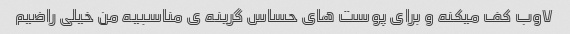
۷وب کف میکنه و برای پوست های حساس گرینه ی مناسبیه من خیلی راضیم